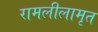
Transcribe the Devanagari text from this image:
रामलीलामृत